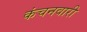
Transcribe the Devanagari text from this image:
कंचनवारी